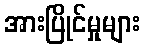
အားပြိုင်မှုများ